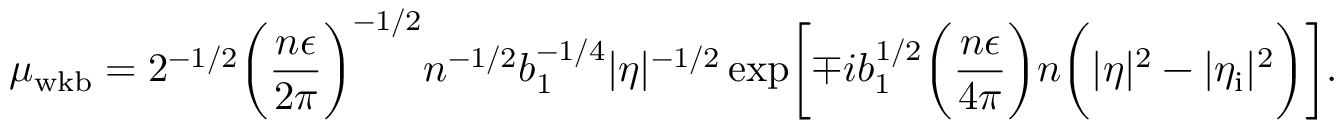
\mu _ { \mathrm { w k b } } = 2 ^ { - 1 / 2 } \biggl ( \frac { n \epsilon } { 2 \pi } \biggr ) ^ { - 1 / 2 } n ^ { - 1 / 2 } b _ { 1 } ^ { - 1 / 4 } \vert \eta \vert ^ { - 1 / 2 } \exp \biggl [ \mp i b _ { 1 } ^ { 1 / 2 } \biggl ( \frac { n \epsilon } { 4 \pi } \biggr ) n \biggl ( \vert \eta \vert ^ { 2 } - \vert \eta _ { \mathrm { i } } \vert ^ { 2 } \biggr ) \biggr ] .